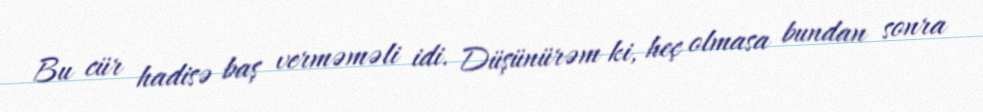
Bu cür hadisə baş verməməli idi. Düşünürəm ki, heç olmasa bundan sonra